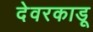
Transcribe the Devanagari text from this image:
देवरकाडू